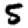
Digit: 5